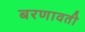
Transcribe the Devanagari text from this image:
बरणावती